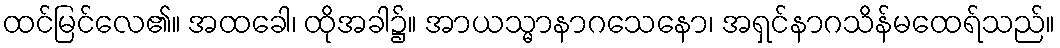
ထင်မြင်လေ၏။ အထခေါ၊ ထိုအခါ၌။ အာယသ္မာနာဂသေနော၊ အရှင်နာဂသိန်မထေရ်သည်။